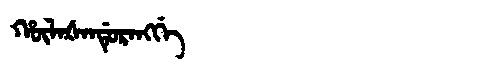
Manchu: ᡥᡡᠯᠠᡧᠠᠨᡩᡠᡵᠠᠩᡤᡝ
Romanization: HŪLAŠANDURANGGE